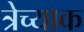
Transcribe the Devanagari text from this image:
त्रेच्याक